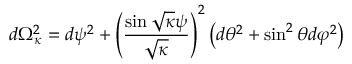
d \Omega _ { \kappa } ^ { 2 } = d \psi ^ { 2 } + \left( \frac { \sin \sqrt { \kappa } \psi } { \sqrt { \kappa } } \right) ^ { 2 } \left( d \theta ^ { 2 } + \sin ^ { 2 } \theta d \varphi ^ { 2 } \right)